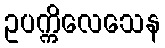
ဥပက္ကိလေသေန